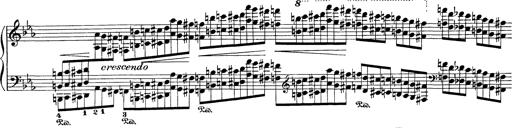
Title: AnnÃ©es de pÃ¨lerinage I
Composer: Franz Liszt